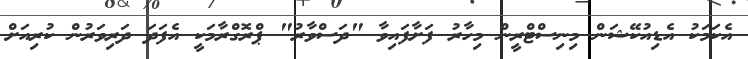
އެކަމަކު އެޑިއުކޭޝަން މިނިސްޓްރީން މިހާރު ފަށާފައިވާ "ދަސްވާރު" ޕްރޮގްރާމަކީ އެފަދަ ދަރިވަރުން ކުރިއަށް